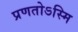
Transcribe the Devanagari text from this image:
प्रणतोऽस्मि